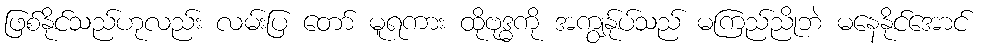
ဖြစ်နိုင်သည်ဟုလည်း လမ်းပြ တော် မူရကား ထိုဗုဒ္ဓကို အကျွန်ုပ်သည် မကြည်ညိုဘဲ မနေနိုင်အောင်